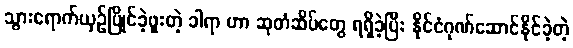
သွားရောက်ယှဉ်ပြိုင်ခဲ့ဖူးတဲ့ ခါရာ ဟာ ဆုတံဆိပ်တွေ ရရှိခဲ့ပြီး နိုင်ငံဂုဏ်ဆောင်နိုင်ခဲ့တဲ့